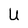
Character: U